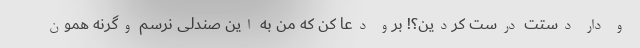
و دار دستت درست کردین؟! برو دعا کن که من به این صندلی نرسم وگرنه همون